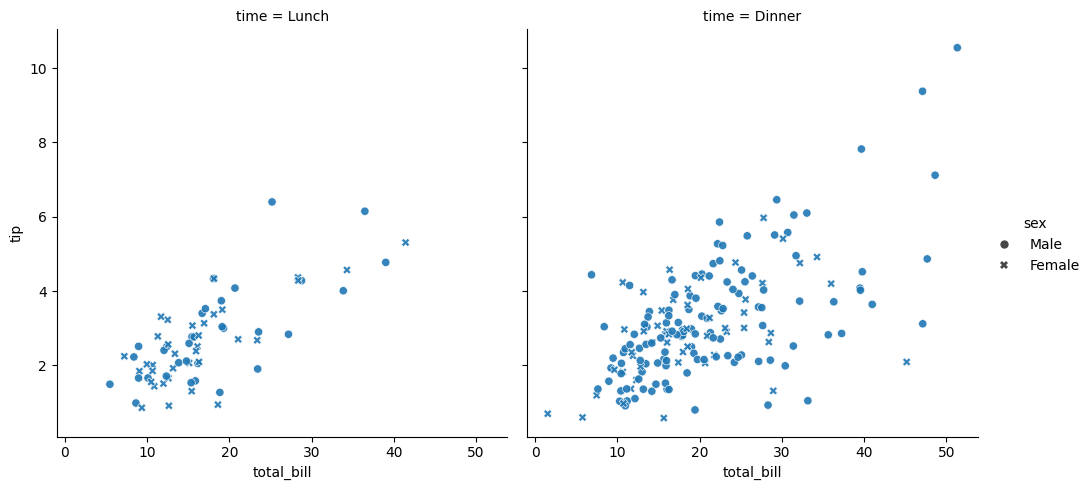
python, seaborn, relplot, alpha=0.9